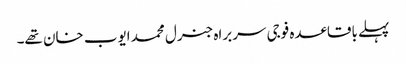
پہلے باقاعدہ فوجی سربراہ جنرل محمد ایوب خان تھے۔